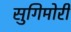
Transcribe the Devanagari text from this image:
सुगिमोरी